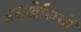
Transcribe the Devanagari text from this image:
अठखेलियों